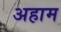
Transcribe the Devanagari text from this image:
अहाम